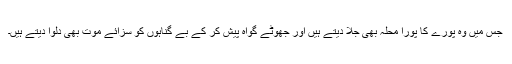
جس میں وہ پورے کا پورا محلہ بھی جلا دیتے ہیں اور جھوٹے گواہ پیش کر کے بے گُناہوں کو سزائے موت بھی دلوا دیتے ہیں۔